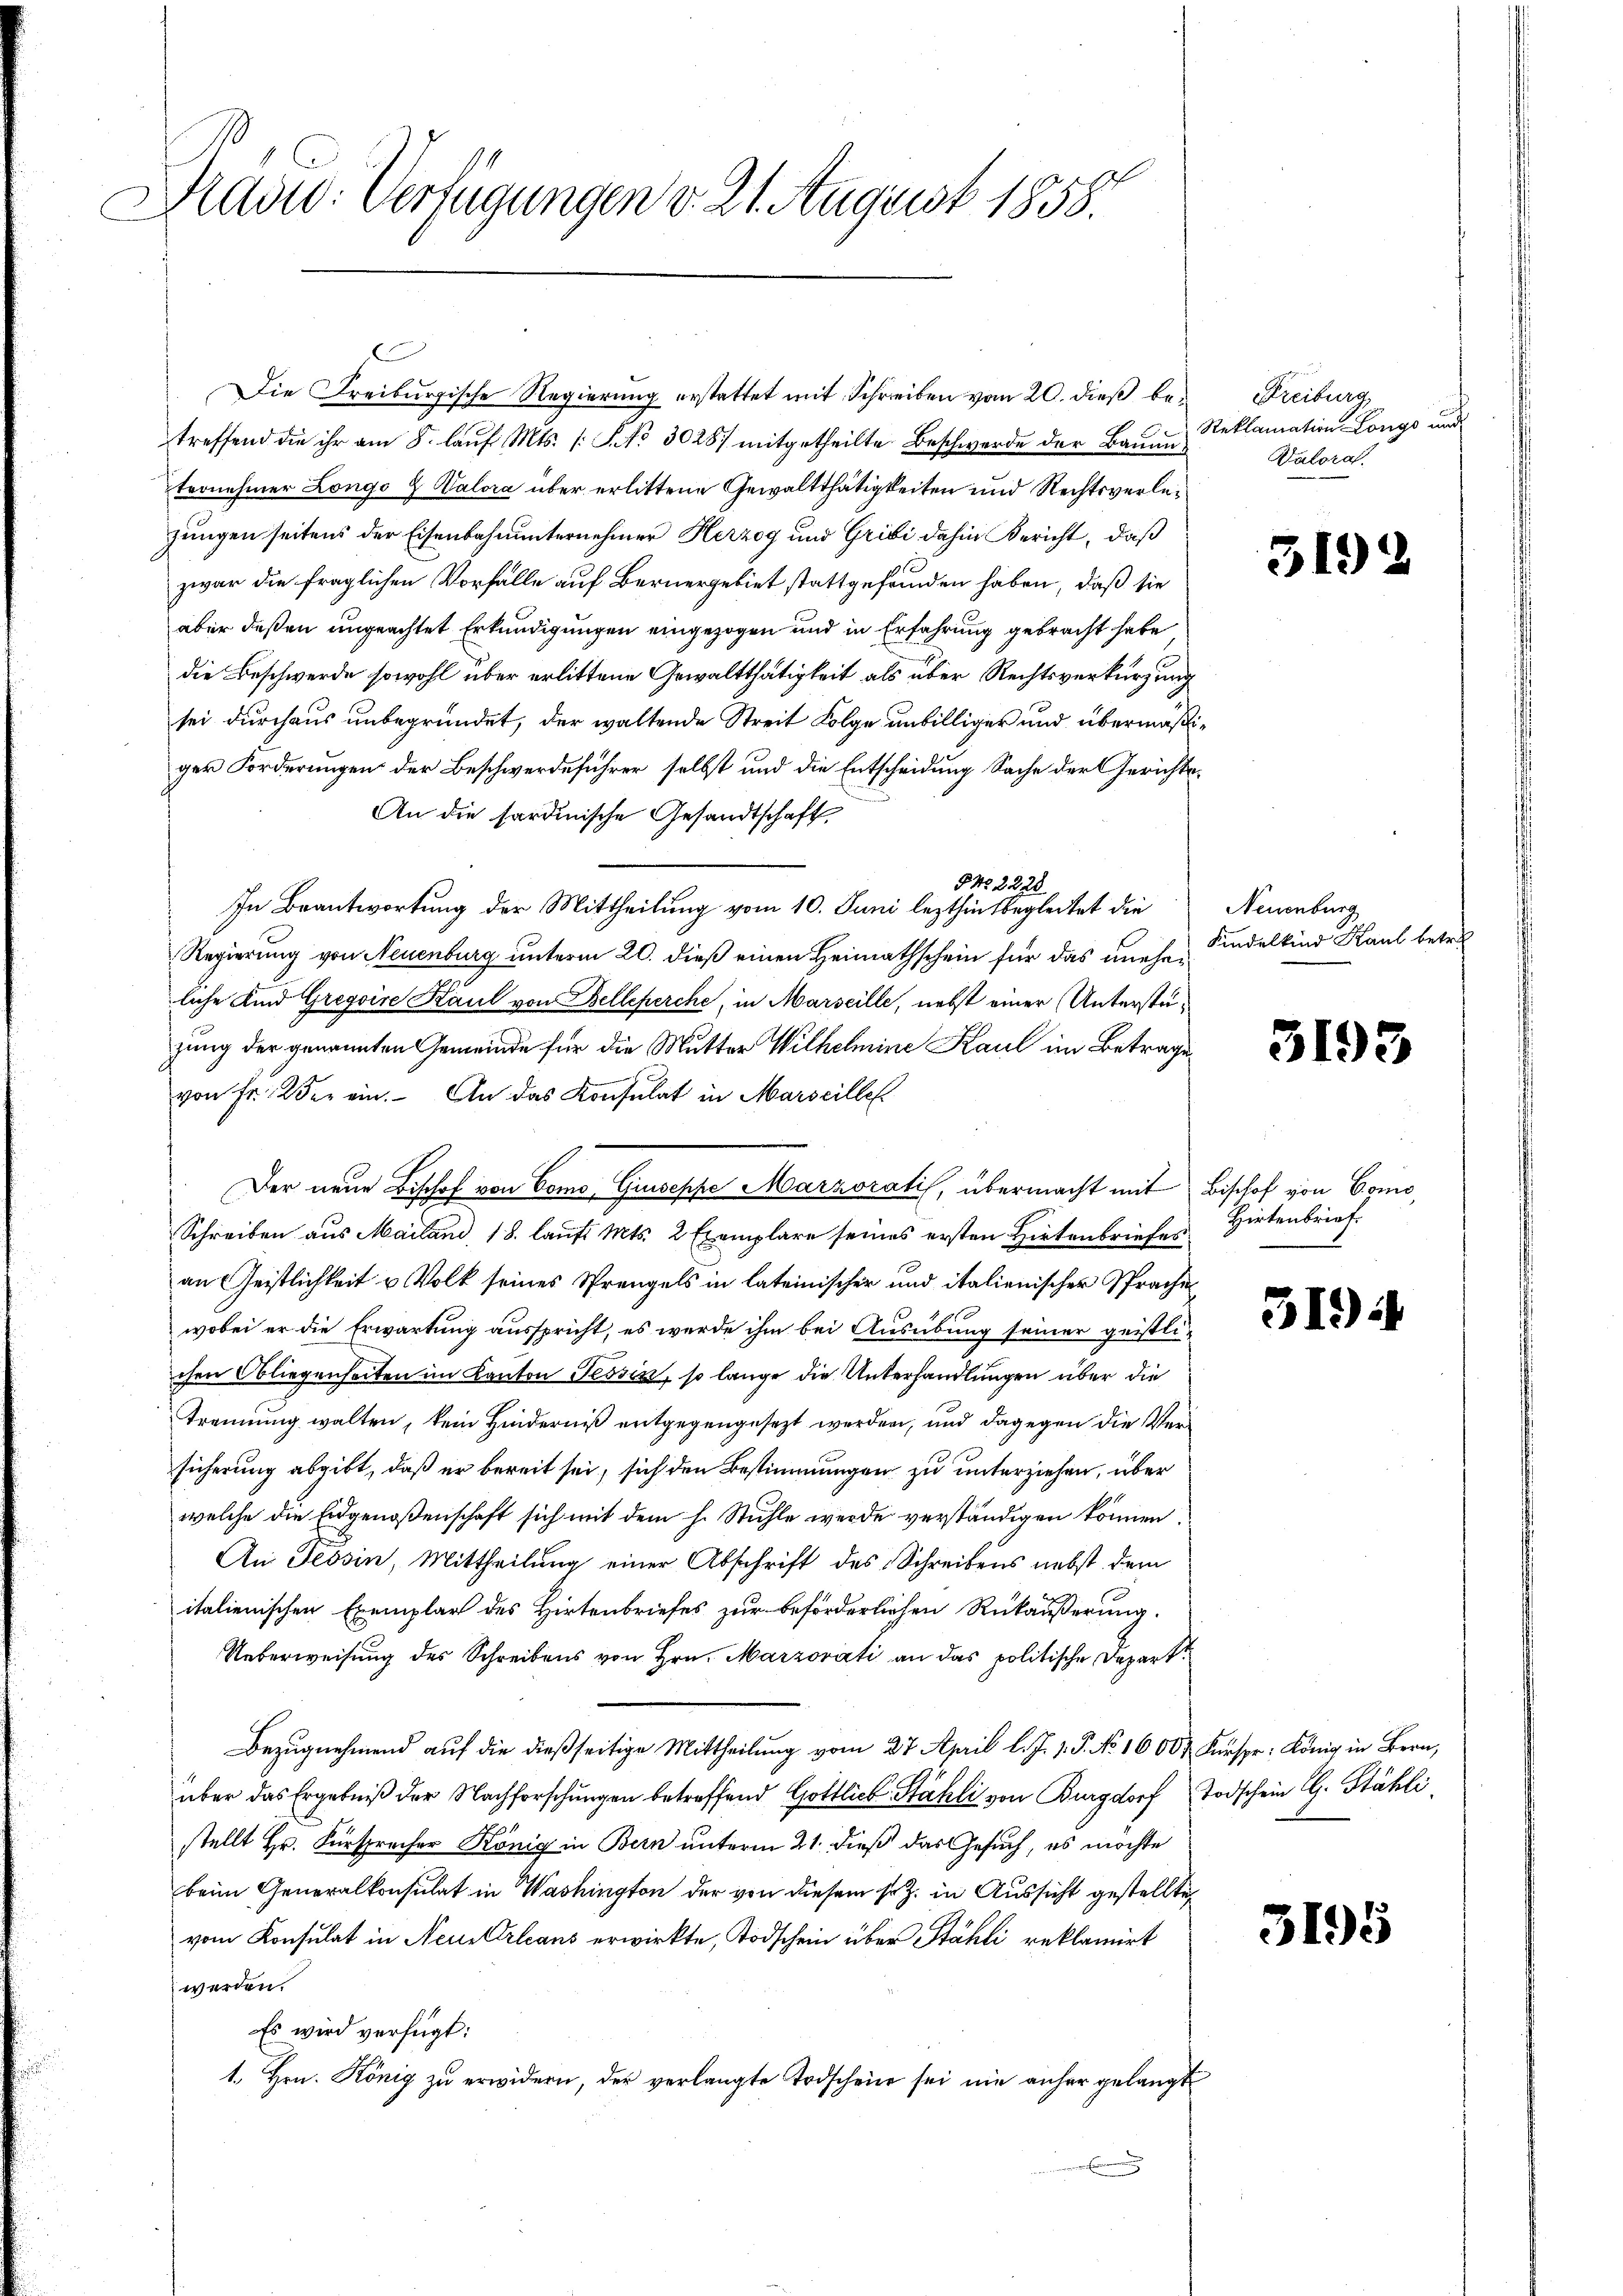
Präsid. Verfügungen v. 21. August 1858.

treffend die ihr am 8. laŭf Mts. (: No 3028 mitgetheilte Beschwerde der Bauun
ternehmer Longo & Valora über erlittene Gewaltthätigkeiten und Rechtsverlezungen seitens der Eisenbahnunternehmer Herzog und Gribi dahin Bericht, daß
zwar die fraglichen Vorfalle auf Bernergebiet stattgefunden haben, daß sie
aber deßen ungeachtet Erkundigungen eingezogen und in Erfahrung gebracht habe
die Beschwerde sowohl über erlittene Gewaltthätigkeit als über Rechtsverkürzung
sei durchaus unbegründet, der waltende Streit Folge unbilliger und übermaß
ger Forderungen der Beschwerdeführer selbst und die Entscheidung Sache der Gerichts¬
An die sardinische Gesandtschaft
§No. 2228
In Beantwortung der Mittheilung vom 10. Juni lezthin begleitet die
Regierung von Neuenburg unterm 20. dieß einen Heimathschein für das uneherliche Kind Gregoire Kaul von Belleperche, in Marseille, nebst einer Unterstezung der genannten Gemeinde für die Mutter Wilhelmine Kaul im Betrage
von Fr. 2 der ein. An das Konsulat in Marseille
Der neue Bischof von Como, Giuseppe Marzoratis, übermacht mit Bischof von Como¬
Schreiben aus Mailand, 18. laufs Mts. 2 Exemplare seines ersten Hirtenbriefes
an Geistlichkeit u Volk seines Sprengels in lateinischer und italienischer Sprache
wobei er die Erwartung ausspricht, es werde ihm bei Ausübung seiner geistlichen Obliegenheiten im Kanton Tessin, so lange die Unterhandlungen über die
Trennung walten, kein Hinderniß entgegengesezt werden, und dagegen die Versicherung abgibt, daß er bereit sei, sich den Bestimmungen zu unterziehen, über
welche die Eidgenoßenschaft sich mit dem h. Stühle werde verständigen können.
An Tessin, Mittheilung einer Abschrift des Schreibens nebst dem
italienischen Exemplar des Hirtenbriefes zur beförderlichen Rükäußerung.
Ueberweisung des Schreibens von Hrn. Marzovati an das politische Depart
Bezugnehmend auf die dießseitige Mittheilung vom 27. April l. J. J. P. No 1600 x Fürspr: König in Bern,
über das Ergebniß der Nachforschungen betreffend Gottlich-Stähli von Burgdorf
stellt Hr. Fürsprecher König in Bern unterm 21. dieß das Gesuch, es möchte
beim Generalkonsulat in Washington der von diesem s. Z. in Aussicht gestellte,
vom Konsulat in Neue Erleans erwirkte, Todschein über Stähli reklamirt
werden.
Es wird verfügt:
1. Hrn. König zu erwidern, der verlangte Todschein sei nie anher gelangt
.

Die Freiburgische Regierung erstattet mit Schreiben vom 20. dieß be¬

Freiburg
Reklamation Longs und
Valora.

3192

Neuenburg
Kindelkind Kaul betre

3193

Hirtenbrief.

3194

Todschein G. Stähli

3195